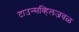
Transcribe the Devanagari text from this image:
टाउन्सव्हिलजवळ